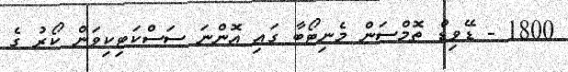
1800 - ޑޭވިޑް ތޮމްސަން މެނިޓޯބާ ގައި އޮންނަ ސަސްކަޓިކިވަން ކޯރު ގެ